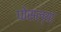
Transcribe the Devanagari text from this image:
पोसल्या